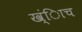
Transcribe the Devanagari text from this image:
ख्ंिाच